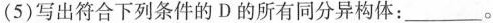
(5)写出符合下列条件的D的所有同分异构体：___。